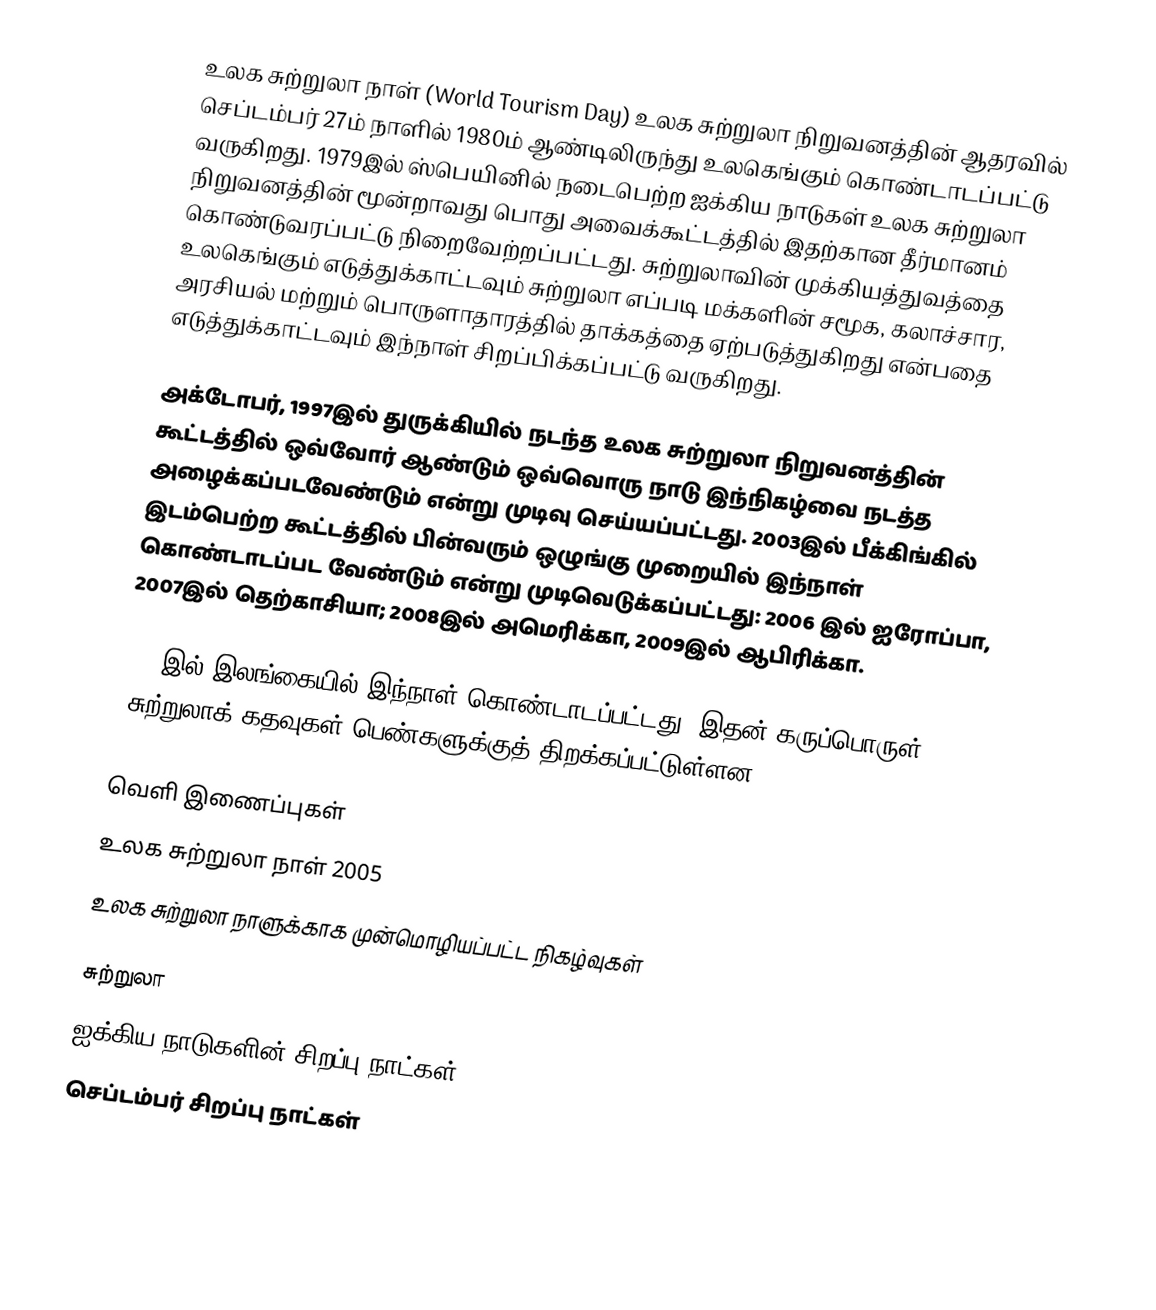
உலக சுற்றுலா நாள் (World Tourism Day) உலக சுற்றுலா நிறுவனத்தின் ஆதரவில் செப்டம்பர் 27ம் நாளில் 1980ம் ஆண்டிலிருந்து உலகெங்கும் கொண்டாடப்பட்டு வருகிறது. 1979இல் ஸ்பெயினில் நடைபெற்ற ஐக்கிய நாடுகள் உலக சுற்றுலா நிறுவனத்தின் மூன்றாவது பொது அவைக்கூட்டத்தில் இதற்கான தீர்மானம் கொண்டுவரப்பட்டு நிறைவேற்றப்பட்டது. சுற்றுலாவின் முக்கியத்துவத்தை உலகெங்கும் எடுத்துக்காட்டவும் சுற்றுலா எப்படி மக்களின் சமூக, கலாச்சார, அரசியல் மற்றும் பொருளாதாரத்தில் தாக்கத்தை ஏற்படுத்துகிறது என்பதை எடுத்துக்காட்டவும் இந்நாள் சிறப்பிக்கப்பட்டு வருகிறது.

அக்டோபர், 1997இல் துருக்கியில் நடந்த உலக சுற்றுலா நிறுவனத்தின் கூட்டத்தில் ஒவ்வோர் ஆண்டும் ஒவ்வொரு நாடு இந்நிகழ்வை நடத்த அழைக்கப்படவேண்டும் என்று முடிவு செய்யப்பட்டது. 2003இல் பீக்கிங்கில் இடம்பெற்ற கூட்டத்தில் பின்வரும் ஒழுங்கு முறையில் இந்நாள் கொண்டாடப்பட வேண்டும் என்று முடிவெடுக்கப்பட்டது: 2006 இல் ஐரோப்பா, 2007இல் தெற்காசியா; 2008இல் அமெரிக்கா, 2009இல் ஆபிரிக்கா.

2007இல் இலங்கையில் இந்நாள் கொண்டாடப்பட்டது. இதன் கருப்பொருள்: "சுற்றுலாக் கதவுகள்  பெண்களுக்குத் திறக்கப்பட்டுள்ளன" (Tourism opens doors for women).

வெளி இணைப்புகள்
 உலக சுற்றுலா நாள் 2005
 உலக சுற்றுலா நாளுக்காக முன்மொழியப்பட்ட நிகழ்வுகள்

சுற்றுலா
ஐக்கிய நாடுகளின் சிறப்பு நாட்கள்
செப்டம்பர் சிறப்பு நாட்கள்